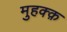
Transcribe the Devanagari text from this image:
मुहक्क़